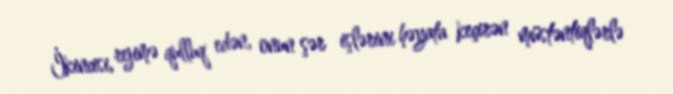
İkincisi, rejimə qulluq edən, onun şər işlərini həyata keçirən müstəntiqlərlə